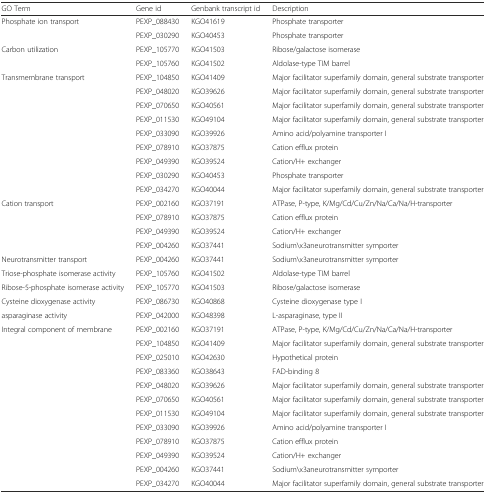
<table><thead><tr><td><b>GO Term</b></td><td><b>Gene id</b></td><td><b>Genbank transcript id</b></td><td><b>Description</b></td></tr></thead><tbody><tr><td>Phosphate ion transport</td><td>PEXP_088430</td><td>KGO41619</td><td>Phosphate transporter</td></tr><tr><td></td><td>PEXP_030290</td><td>KGO40453</td><td>Phosphate transporter</td></tr><tr><td>Carbon utilization</td><td>PEXP_105770</td><td>KGO41503</td><td>Ribose/galactose isomerase</td></tr><tr><td></td><td>PEXP_105760</td><td>KGO41502</td><td>Aldolase-type TIM barrel</td></tr><tr><td>Transmembrane transport</td><td>PEXP_104850</td><td>KGO41409</td><td>Major facilitator superfamily domain, general substrate transporter</td></tr><tr><td></td><td>PEXP_048020</td><td>KGO39626</td><td>Major facilitator superfamily domain, general substrate transporter</td></tr><tr><td></td><td>PEXP_070650</td><td>KGO40561</td><td>Major facilitator superfamily domain, general substrate transporter</td></tr><tr><td></td><td>PEXP_011530</td><td>KGO49104</td><td>Major facilitator superfamily domain, general substrate transporter</td></tr><tr><td></td><td>PEXP_033090</td><td>KGO39926</td><td>Amino acid/polyamine transporter I</td></tr><tr><td></td><td>PEXP_078910</td><td>KGO37875</td><td>Cation efflux protein</td></tr><tr><td></td><td>PEXP_049390</td><td>KGO39524</td><td>Cation/H+ exchanger</td></tr><tr><td></td><td>PEXP_030290</td><td>KGO40453</td><td>Phosphate transporter</td></tr><tr><td></td><td>PEXP_034270</td><td>KGO40044</td><td>Major facilitator superfamily domain, general substrate transporter</td></tr><tr><td>Cation transport</td><td>PEXP_002160</td><td>KGO37191</td><td>ATPase, P-type, K/Mg/Cd/Cu/Zn/Na/Ca/Na/H-transporter</td></tr><tr><td></td><td>PEXP_078910</td><td>KGO37875</td><td>Cation efflux protein</td></tr><tr><td></td><td>PEXP_049390</td><td>KGO39524</td><td>Cation/H+ exchanger</td></tr><tr><td></td><td>PEXP_004260</td><td>KGO37441</td><td>Sodium\x3aneurotransmitter symporter</td></tr><tr><td>Neurotransmitter transport</td><td>PEXP_004260</td><td>KGO37441</td><td>Sodium\x3aneurotransmitter symporter</td></tr><tr><td>Triose-phosphate isomerase activity</td><td>PEXP_105760</td><td>KGO41502</td><td>Aldolase-type TIM barrel</td></tr><tr><td>Ribose-5-phosphate isomerase activity</td><td>PEXP_105770</td><td>KGO41503</td><td>Ribose/galactose isomerase</td></tr><tr><td>Cysteine dioxygenase activity</td><td>PEXP_086730</td><td>KGO40868</td><td>Cysteine dioxygenase type I</td></tr><tr><td>asparaginase activity</td><td>PEXP_042000</td><td>KGO48398</td><td>L-asparaginase, type II</td></tr><tr><td>Integral component of membrane</td><td>PEXP_002160</td><td>KGO37191</td><td>ATPase, P-type, K/Mg/Cd/Cu/Zn/Na/Ca/Na/H-transporter</td></tr><tr><td></td><td>PEXP_104850</td><td>KGO41409</td><td>Major facilitator superfamily domain, general substrate transporter</td></tr><tr><td></td><td>PEXP_025010</td><td>KGO42630</td><td>Hypothetical protein</td></tr><tr><td></td><td>PEXP_083360</td><td>KGO38643</td><td>FAD-binding 8</td></tr><tr><td></td><td>PEXP_048020</td><td>KGO39626</td><td>Major facilitator superfamily domain, general substrate transporter</td></tr><tr><td></td><td>PEXP_070650</td><td>KGO40561</td><td>Major facilitator superfamily domain, general substrate transporter</td></tr><tr><td></td><td>PEXP_011530</td><td>KGO49104</td><td>Major facilitator superfamily domain, general substrate transporter</td></tr><tr><td></td><td>PEXP_033090</td><td>KGO39926</td><td>Amino acid/polyamine transporter I</td></tr><tr><td></td><td>PEXP_078910</td><td>KGO37875</td><td>Cation efflux protein</td></tr><tr><td></td><td>PEXP_049390</td><td>KGO39524</td><td>Cation/H+ exchanger</td></tr><tr><td></td><td>PEXP_004260</td><td>KGO37441</td><td>Sodium\x3aneurotransmitter symporter</td></tr><tr><td></td><td>PEXP_034270</td><td>KGO40044</td><td>Major facilitator superfamily domain, general substrate transporter</td></tr></tbody></table>